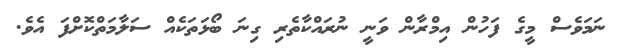
ނަމަވެސް މީގެ ފަހުން އިމްރާން ވަނީ ނުރައްކާތެރި ގިނަ ބޯޅަތަކެއް ސަލާމަތްކޮށްފަ އެވެ.